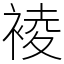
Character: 裬